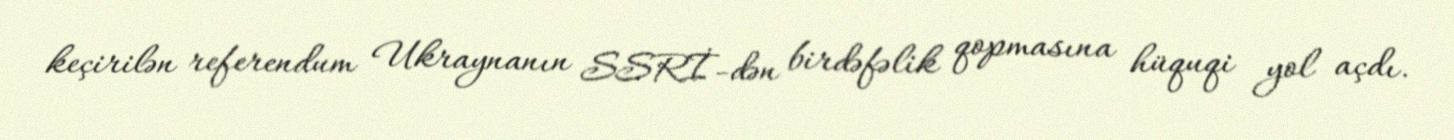
keçirilən referendum Ukraynanın SSRİ-dən birdəfəlik qopmasına hüquqi yol açdı.